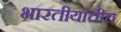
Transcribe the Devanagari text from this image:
भारतीयांचीच